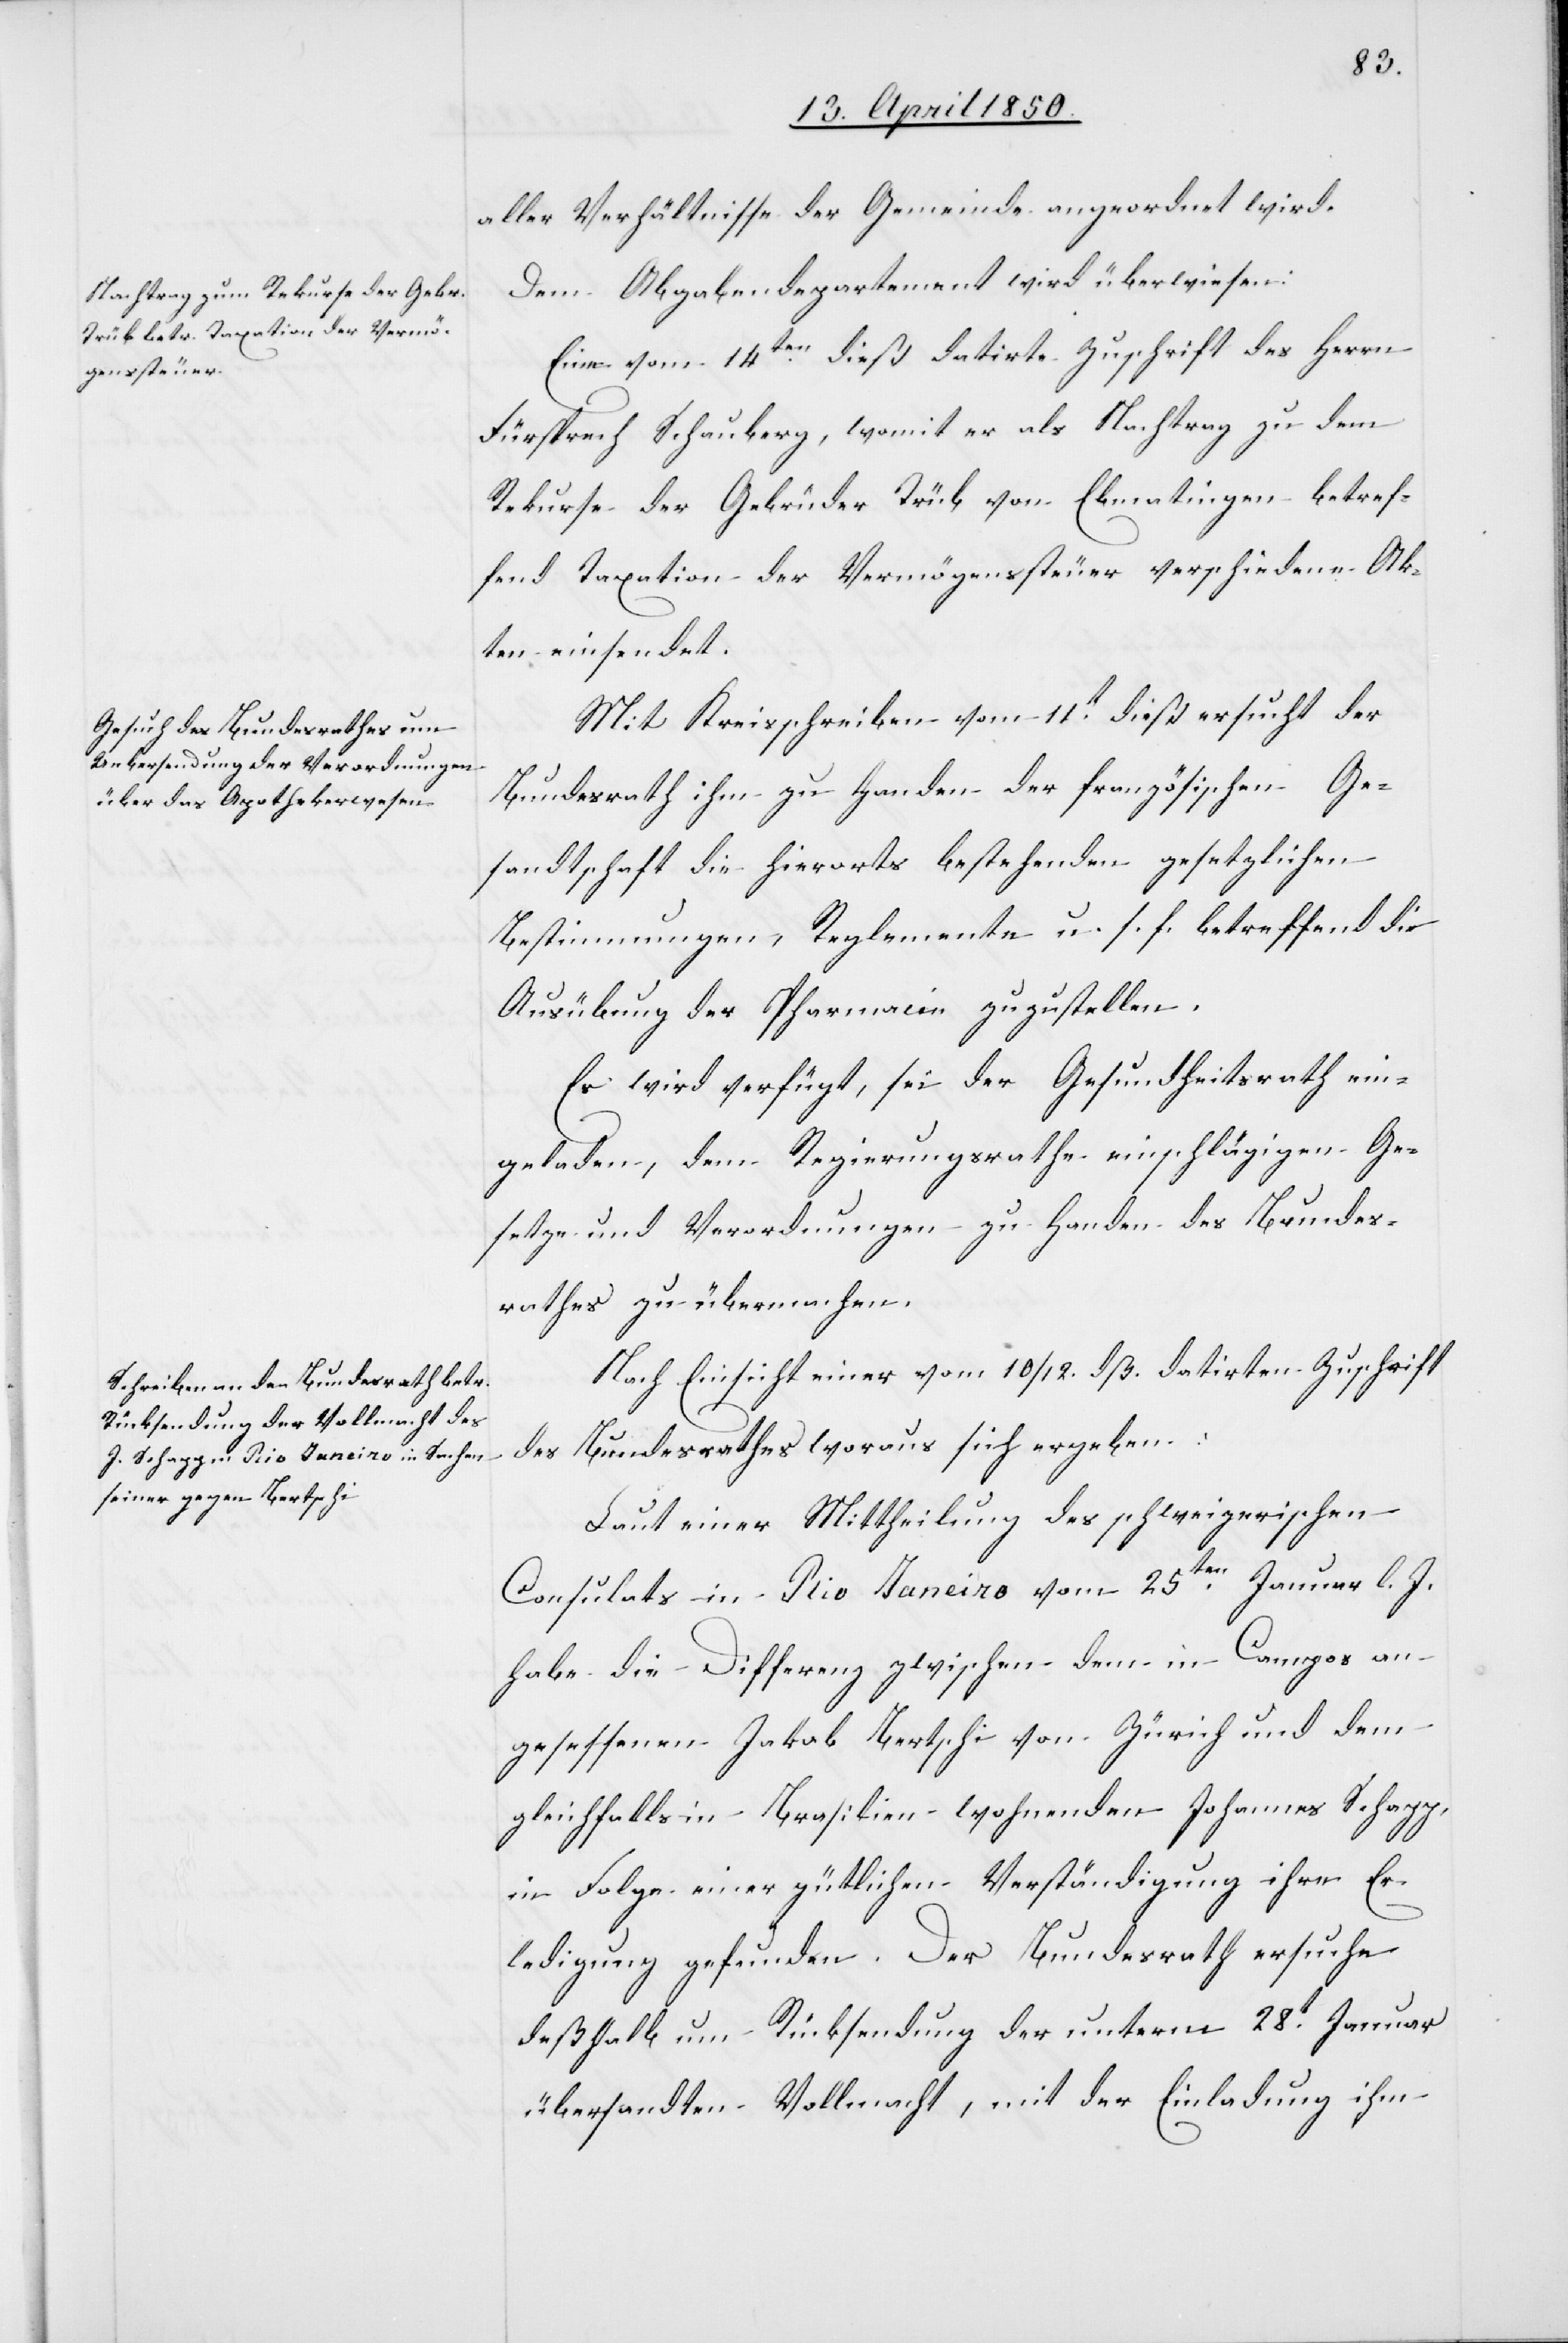
15. April 1850.]
aller Verhältnisse der Gemeinde angeordnet wird.
Dem Abgabendepartement wird überwiesen:
Eine vom 14ten dieß datirte Zuschrift des Herrn
Fürsprech Schauberg, womit er als Nachtrag zu dem
Rekurse der Gebrüder Trüb von Ebmatingen betref¬
fend Taxation der Vermögenssteuer verschiedene Ak¬
ten einsendet.
Mit Kreisschreiben vom 11t dieß ersucht der
Bundesrath ihm zu Handen der französischen Ge¬
sandtschaft die hierorts bestehenden gesetzlichen
Bestimmungen, Reglemente u. s. f. betreffend die
Ausübung der Pharmacie zuzustellen.
Es wird verfügt, sei der Gesundheitsrath ein¬
geladen, dem Regierungsrathe [die] einschlägigen Ge¬
setze und Verordnungen zu Handen des Bundes¬
rathes zu übermachen.
Nach Einsicht einer vom 10/12. dß. datirten Zuschrift
den
des Bundesrathes woraus sich ergeben:
Laut einer Mittheilung des schweizerischen
Consulats in Rio Janeiro vom 25ten Januar l. J.
habe die Differenz zwischen dem in Campos an¬
gesessenen Jakob Bertschi von Zürich und dem
gleichfalls in Brasilien wohnenden Johannes Schapp,
in Folge einer gütlichen Verständigung ihre Er¬
ledigung gefunden. Der Bundesrath ersuche
deßhalb um Rücksendung der unterm 28t Januar
übersandten Vollmacht, mit der Einladung ihm